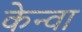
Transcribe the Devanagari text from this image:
केन्वा